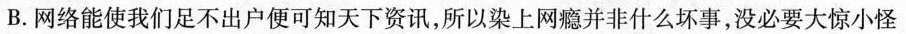
B.网络能使我们足不出户便可知天下资讯，所以染上网瘾并非什么坏事，没必要大惊小怪